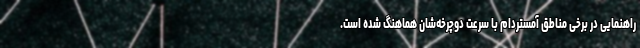
راهنمایی در برخی مناطق آمستردام با سرعت دوچرخه‌شان هماهنگ شده است.